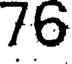
76